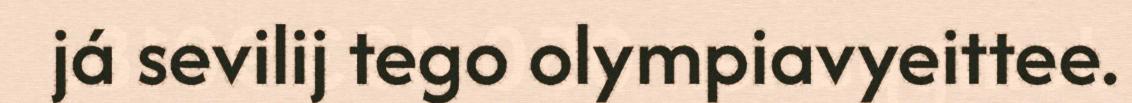
já sevilij tego olympiavyeittee.